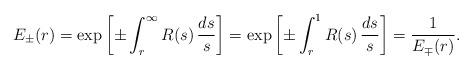
LaTeX: \begin{align*} E_\pm(r)=\exp\left[\pm\int_r^\infty R(s)\,\frac{ds}{s}\right]=\exp\left[\pm\int_r^1 R(s)\,\frac{ds}{s}\right]=\frac{1}{E_\mp(r)}. \end{align*}